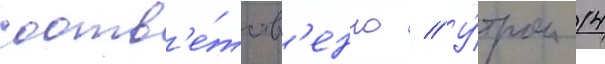
соотв'е́тств'енно // У́тром 14